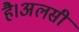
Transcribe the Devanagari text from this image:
है।अलसी